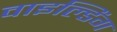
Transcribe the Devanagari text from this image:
वाइल्डिंग